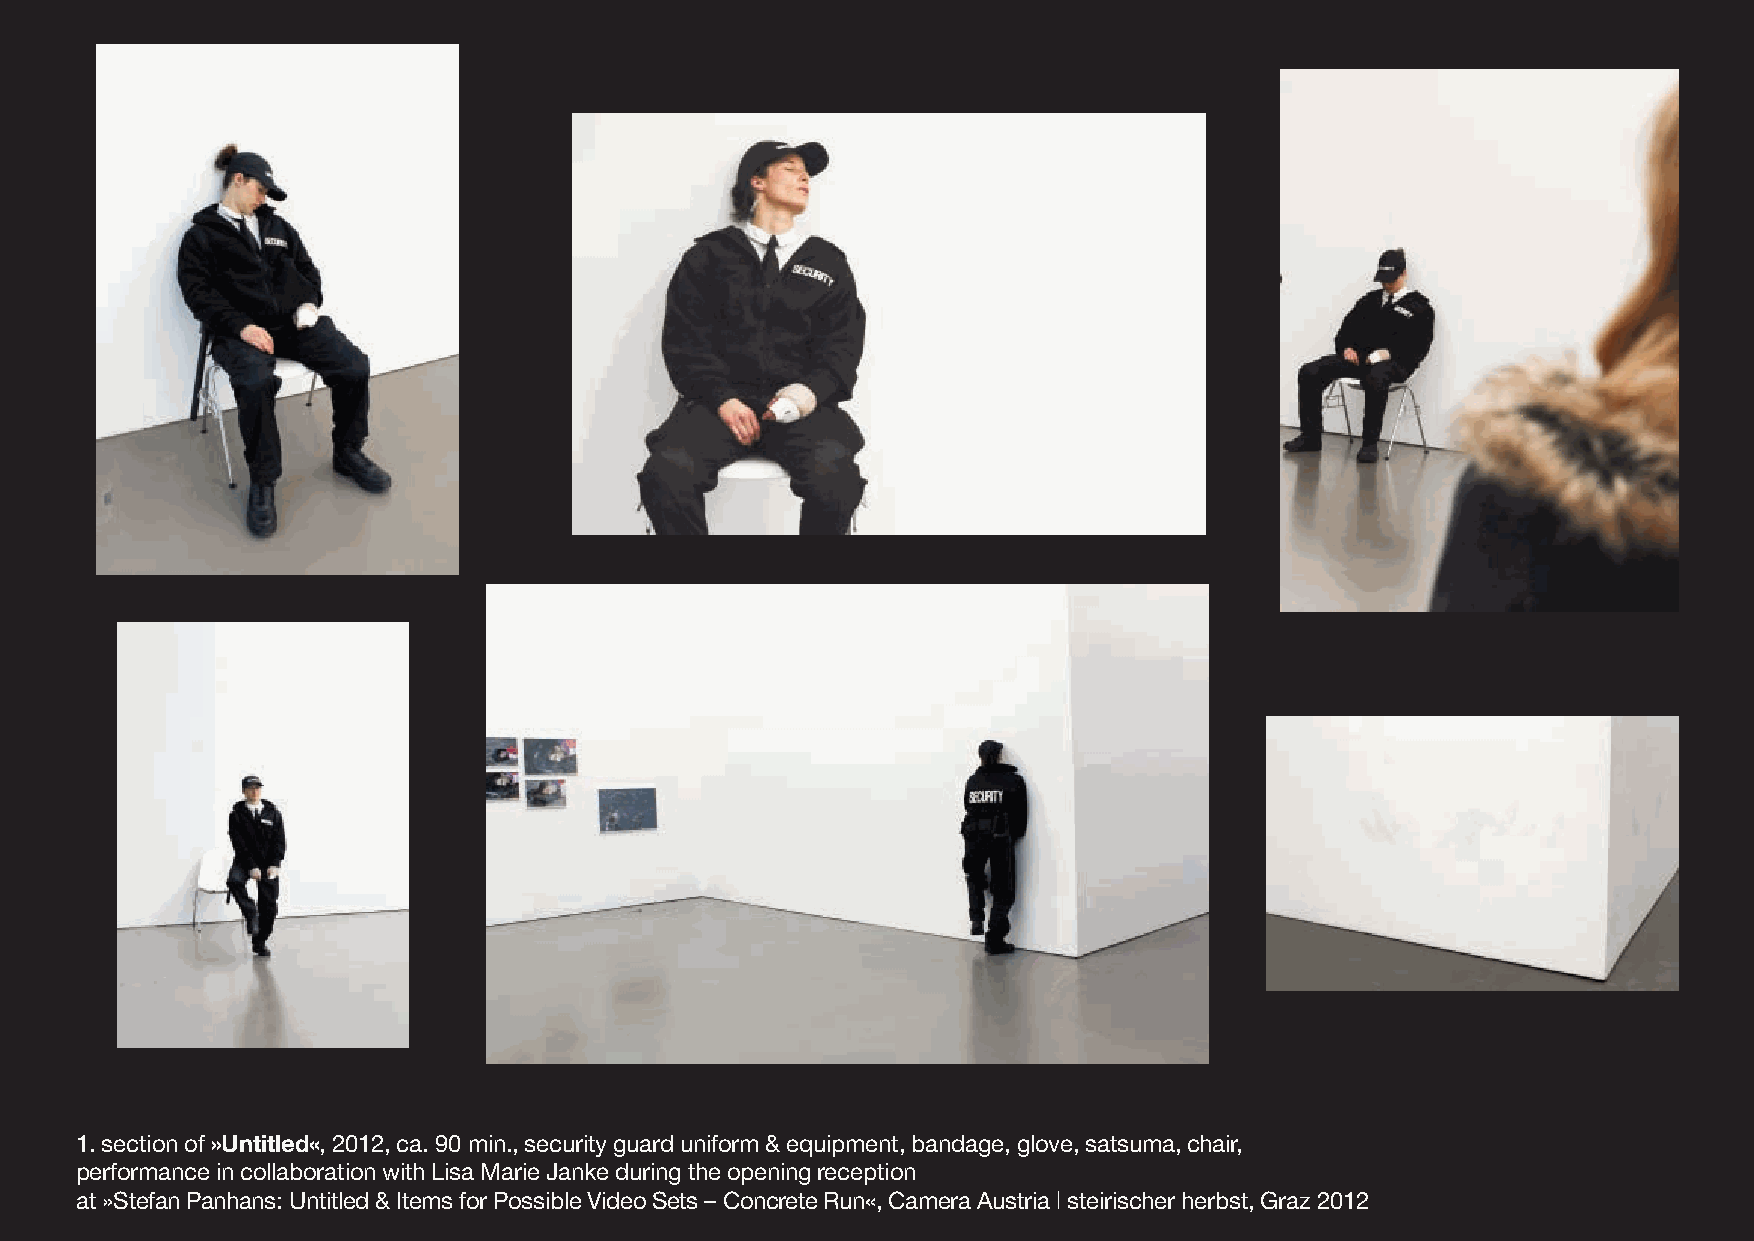
1. section of »Untitled«, 2012, ca. 90 min., security guard uniform & equipment, bandage, glove, satsuma, chair,
 performance in collaboration with Lisa Marie Janke during the opening reception
 at »Stefan Panhans:Untitled & Items for Possible Video Sets – Concrete Run«, Camera Austria | steirischer herbst, Graz 2012